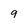
Character: 9